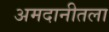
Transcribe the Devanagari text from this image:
अमदानीतला